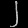
Digit: ၂